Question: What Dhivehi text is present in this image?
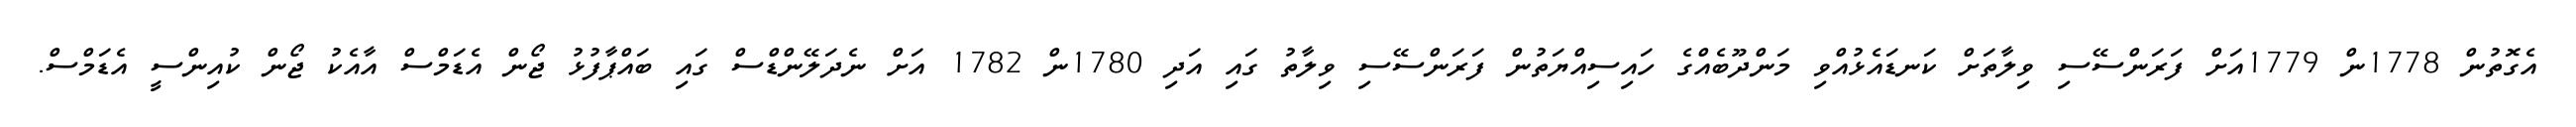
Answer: އެގޮތުން 1778ން 1779އަށް ފަރަންސޭސި ވިލާތަށް ކަނޑައެޅުއްވި މަންދޫބެއްގެ ހައިސިއްޔަތުން ފަރަންސޭސި ވިލާތު ގައި އަދި 1780ން 1782 އަށް ނެދަލޭންޑްސް ގައި ބައްޕާފުޅު ޖޯން އެޑަމްސް އާއެކު ޖޯން ކުއިންސީ އެޑަމްސް.